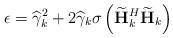
LaTeX: \begin{align*}\epsilon = \widehat{\gamma}_k^2 + 2\widehat{\gamma}_k\sigma_{}\left(\widetilde{\mathbf{H}}_k^H\widetilde{\mathbf{H}}_k\right)\end{align*}